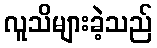
လူသိများခဲ့သည်